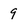
Character: 9